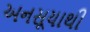
અનસૂયાથી